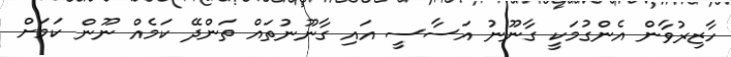
ހާޒިރުވާން އެންގުމަކީ ގާނޫނު އަސާސީ އައި ގާނޫނުތައް ތަންދޭ ކަމެއް ނޫން ކަމަށް